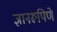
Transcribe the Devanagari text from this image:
ज्ञानरूपिणे